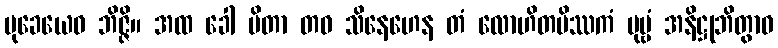
မုခေယေဝ ဘိဇ္ဇိ။ အထ ခေါ ပိတာ တဝ သိနေဟေန တံ လောဟိတမိဿကံ ပုဗ္ဗံ အနိဋ္ဌုဘိတွာဝ